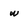
Character: w